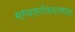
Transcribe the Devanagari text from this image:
मध्यवर्गत्रयाज्जाता